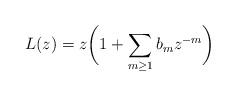
LaTeX: \begin{gather*}L(z)=z\bigg(1+\sum\limits_{m\ge1}b_mz^{-m}\bigg)\end{gather*}